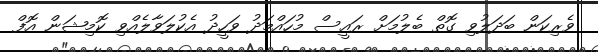
ވެރިކަން ބަދަލުވި ގޮތް ބެލުމަށް ރައީސް މުހައްމަދު ވަހީދު އެކުލަވާލެއްވި ކޮމިޝަން އޮފް